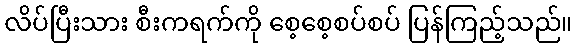
လိပ်ပြီးသား စီးကရက်ကို စေ့စေ့စပ်စပ် ပြန်ကြည့်သည်။